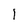
Character: 1